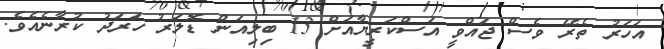
އަހަރު ތެރޭ ވެސް ޖައްވީ އަސްކަރީޔާއަށް 13 ބިލިއަން ޑޮލަރު ހަރަދު ކުރާނެއެވެ.